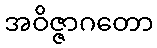
အဝိဇ္ဇာဂတော